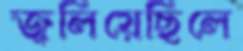
জ্বলিয়েছিলে